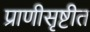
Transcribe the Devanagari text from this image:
प्राणीसृष्टीत